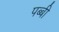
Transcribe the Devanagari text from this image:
पब्बी